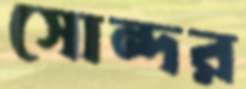
সোন্দর